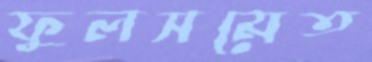
ফুলসমেত